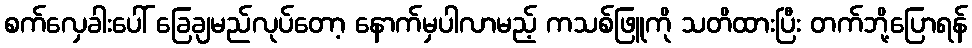
စက်လှေခါးပေါ် ခြေချမည်လုပ်တော့ နောက်မှပါလာမည့် ကသစ်ဖြူကို သတိထားပြီး တက်ဘို့ပြောရန်